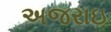
અજરાઇ